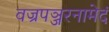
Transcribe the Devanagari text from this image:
वज्रपञ्जरनामेदं